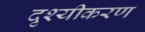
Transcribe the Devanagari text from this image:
दृश्यीकरण